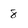
Character: 8